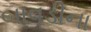
બાવડીના